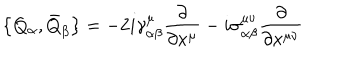
\bigl \{ Q _ { \alpha } , \bar { Q } _ { \beta } \bigr \} = - 2 i \gamma _ { \alpha \beta } ^ { \mu } \frac { \partial } { \partial x ^ { \mu } } - i \sigma _ { \alpha \beta } ^ { \mu \nu } \frac { \partial } { \partial x ^ { \mu \nu } }